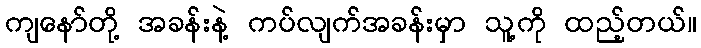
ကျနော်တို့ အခန်းနဲ့ ကပ်လျက်အခန်းမှာ သူ့ကို ထည့်တယ်။